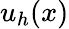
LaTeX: u_{h}(x)